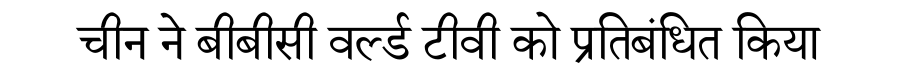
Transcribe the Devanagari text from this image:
चीन ने बीबीसी वर्ल्ड टीवी को प्रतिबंधित किया